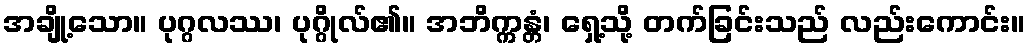
အချို့သော။ ပုဂ္ဂလဿ၊ ပုဂ္ဂိုလ်၏။ အဘိက္ကန္တံ၊ ရှေ့သို့ တက်ခြင်းသည် လည်းကောင်း။